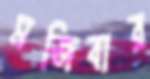
মজিবার